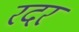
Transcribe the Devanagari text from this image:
रदर